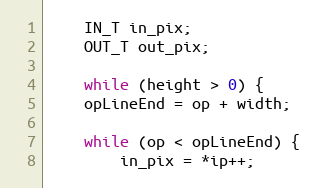
Language: C++
    IN_T in_pix;
    OUT_T out_pix;

    while (height > 0) {
	opLineEnd = op + width;

	while (op < opLineEnd) {
	    in_pix = *ip++;